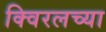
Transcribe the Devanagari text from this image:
क्विरलच्या